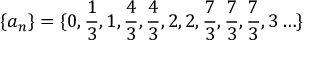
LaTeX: \{ a _ { n } \} = \{ 0 , \frac 1 3 , 1 , \frac 4 3 , \frac 4 3 , 2 , 2 , \frac 7 3 , \frac 7 3 , \frac 7 3 , 3 \ldots \}